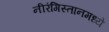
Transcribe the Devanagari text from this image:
नीरंगिस्तानमध्ये